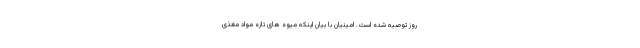
روز توصیه شده است. امینیان با بیان اینکه میوه های تازه مواد مغذی